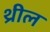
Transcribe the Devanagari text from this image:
थ्रील